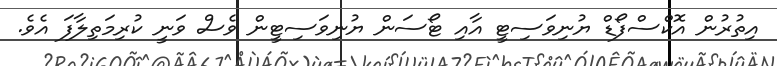
އިތުރުން އޮކްސްފޯޑް ޔުނިވަސިޓީ އާއި ޓޯސަން ޔުނިވަސިޓީން ވެސް ވަނީ ކުރިމަތިލާފަ އެވެ.